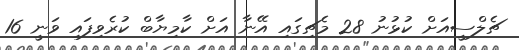
ޗެލްސީއަށް ކުޅުނު 28 މެޗިގައި އޭނާ އަށް ކާމިޔާބް ކުރެވިފައި ވަނީ 16